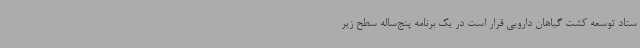
ستاد توسعه کشت گیاهان دارویی قرار است در یک برنامه پنج‌ساله سطح زیر